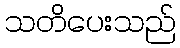
သတိပေးသည်